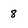
Character: 8